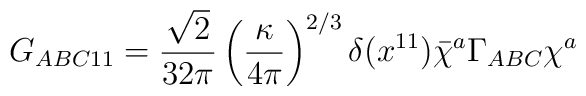
G_{ABC11}      = \frac{\sqrt{2}}{32\pi} \left( \frac{\kappa}{4\pi} \right)^{2/3}               \delta(x^{11}) \bar{\chi}^a \Gamma_{ABC} \chi^a